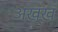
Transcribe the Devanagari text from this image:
अख्खं